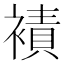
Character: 襀